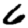
Digit: 6